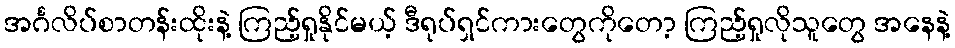
အင်္ဂလိပ်စာတန်းထိုးနဲ့ ကြည့်ရှုနိုင်မယ့် ဒီရုပ်ရှင်ကားတွေကိုတော့ ကြည့်ရှုလိုသူတွေ အနေနဲ့